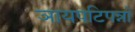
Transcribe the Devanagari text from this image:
ञायपटिपन्नो